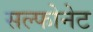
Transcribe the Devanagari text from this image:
सल्फोनेट